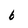
Character: 6